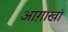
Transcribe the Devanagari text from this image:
आग़ाखां